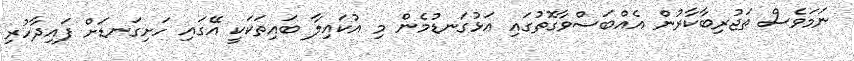
ނަމަވެސް ތަޖުރިބާކާރުން އެއްބަސްވާގޮތުގައި އަޅުގަނޑުމެން މި އުކައިލާ ބައިތަކަކީ އޭގައި ހަށިގަނޑަށް ފައިދާހުރި